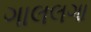
ગાલલગા